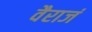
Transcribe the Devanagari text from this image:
वैराजं